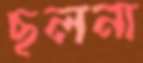
ছলনা